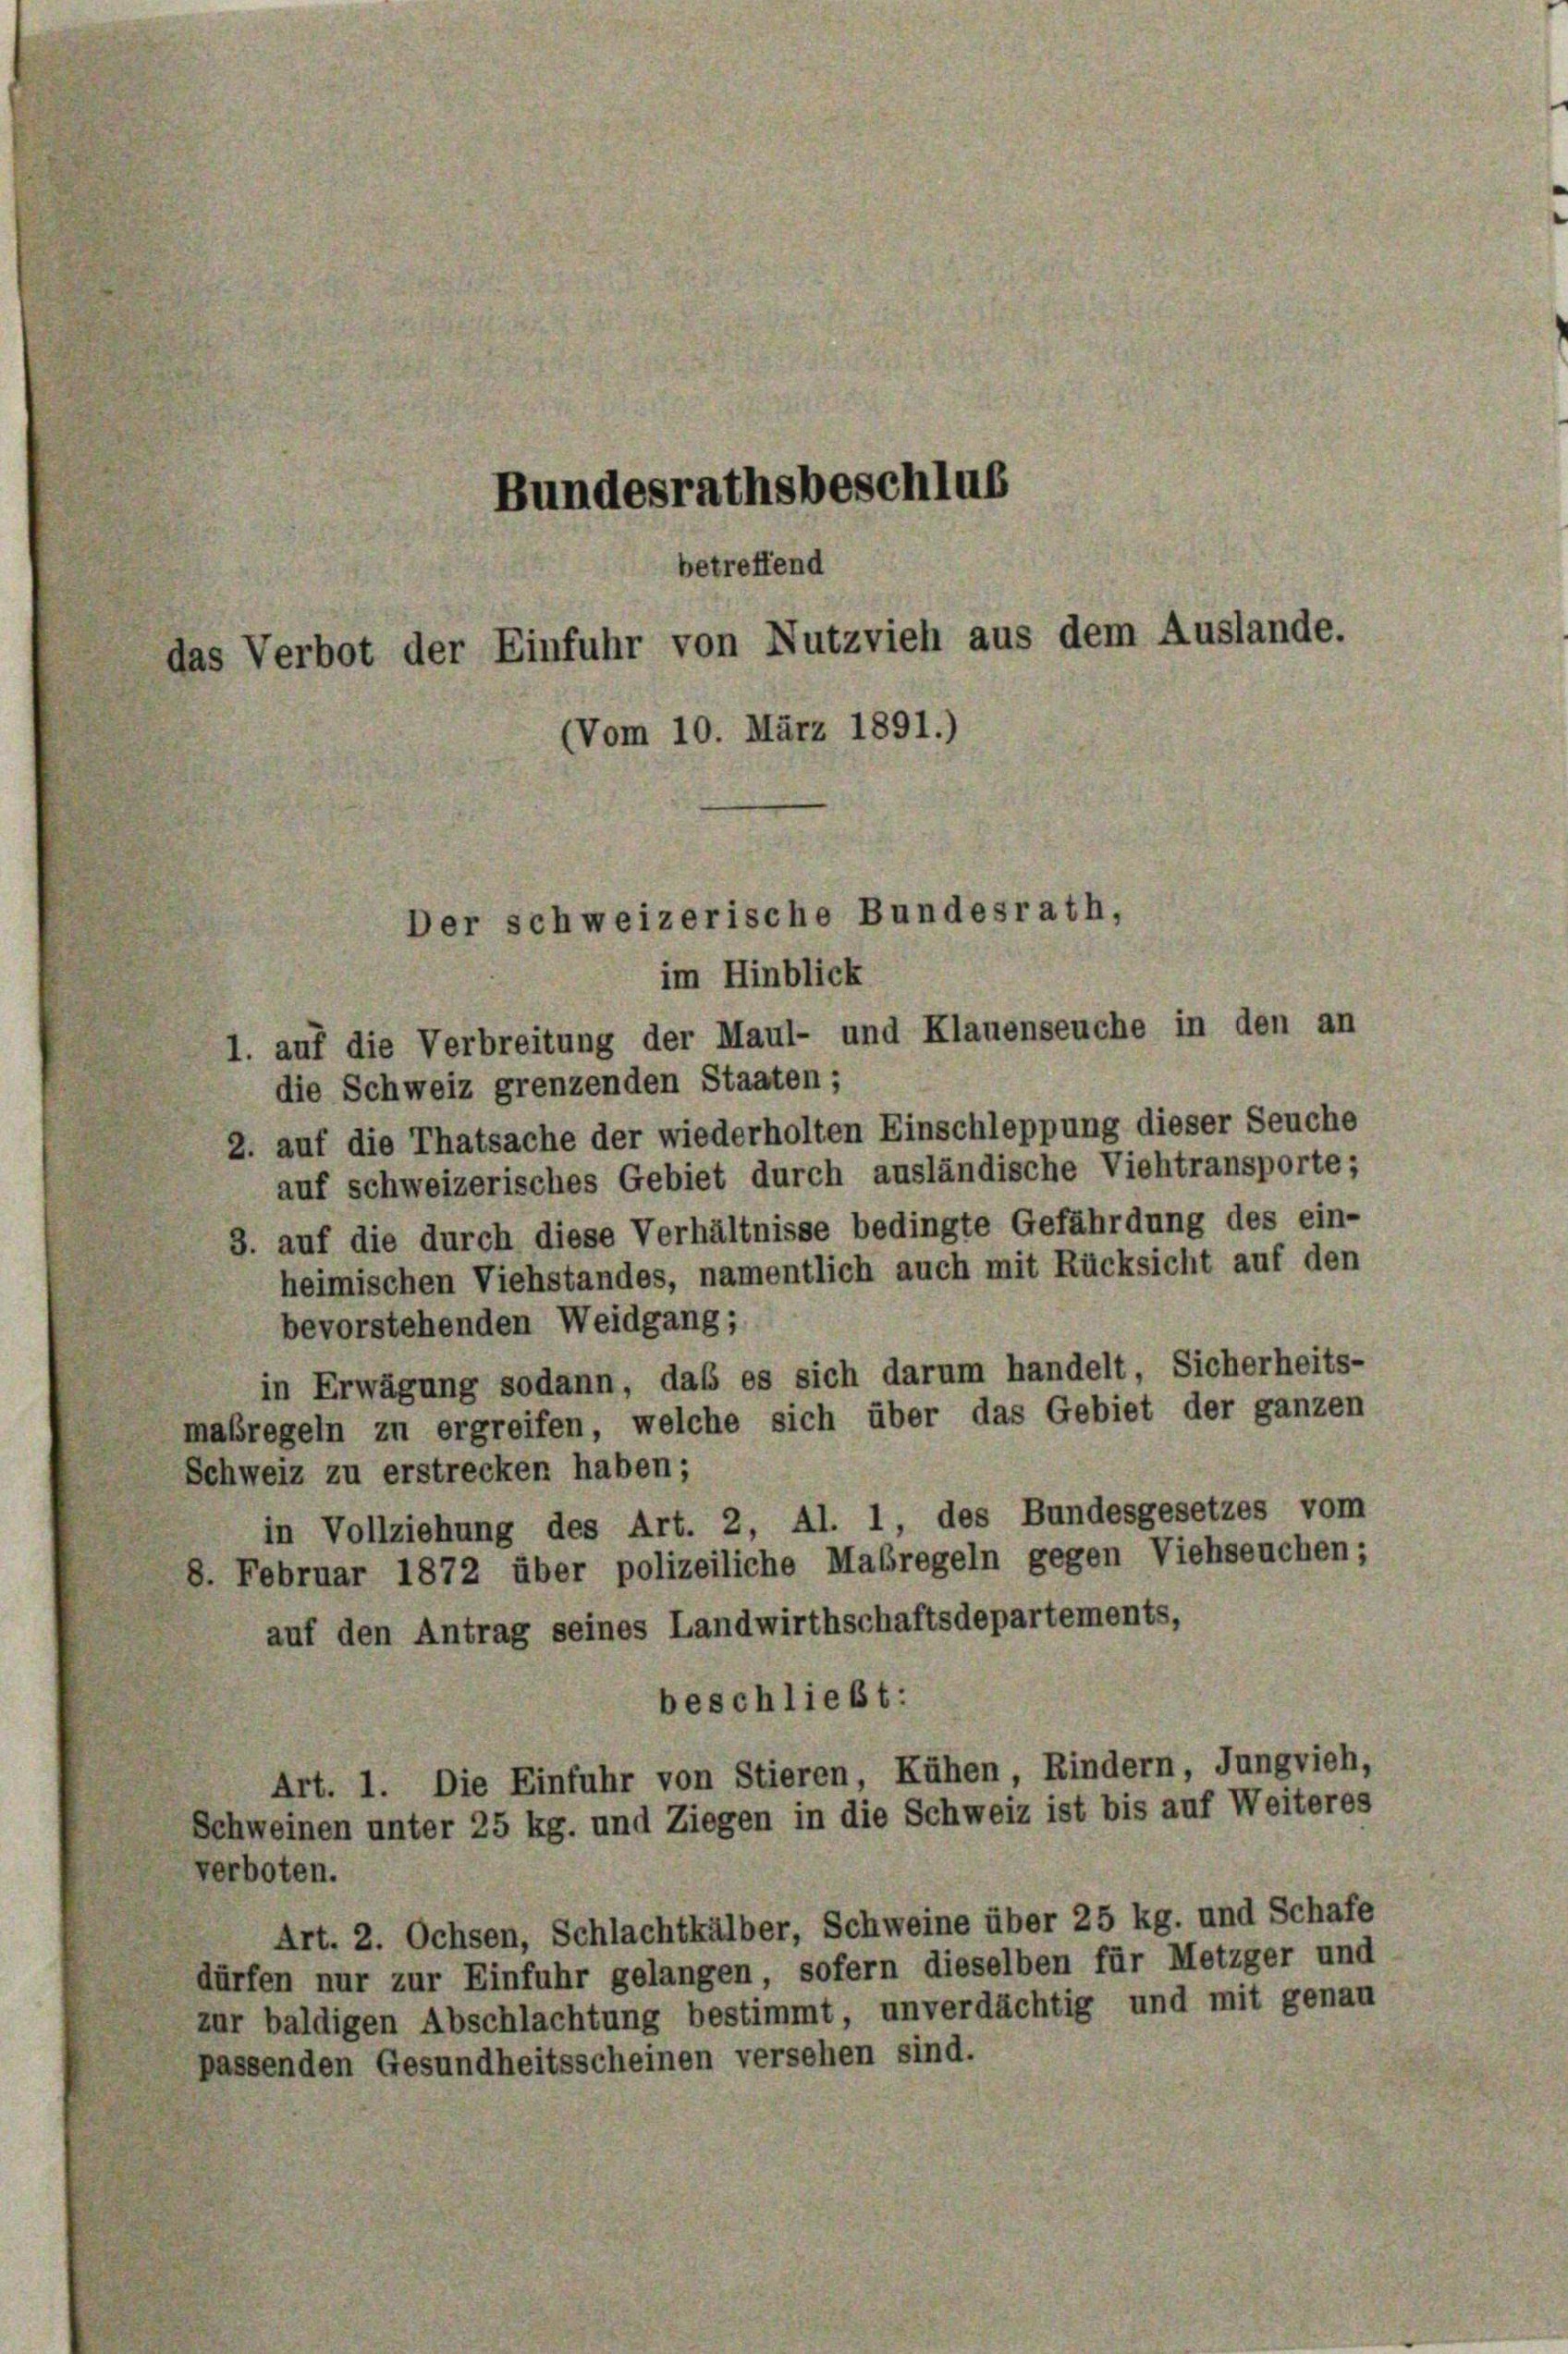
Bundesrathsbeschlus
betreffend
das Verbot der Einfuhr von Nutzvieh aus dem Auslande.
(Vom 10. März 1891.)

Der schweizerische Bundesrath,
im Hinblick

1. auf die Verbreitung der Maul- und Klauenseuche in den an
die Schweiz grenzenden Staaten;
2. auf die Thatsache der wiederholten Einschleppung dieser Seuche
auf schweizerisches Gebiet durch ausländische Viehtransporte;
3. auf die durch diese Verhältnisse bedingte Gefährdung des ein-
heimischen Viehstandes, namentlich auch mit Rücksicht auf den
bevorstehenden Weidgang;
in Erwägung sodann, daß es sich darum handelt, Sicherheits-
maßregeln zu ergreifen, welche sich über das Gebiet der ganzen
Schweiz zu erstrecken haben;
in Vollziehung des Art. 2, Al. 1, des Bundesgesetzes vom
8. Februar 1872 über polizeiliche Maßregeln gegen Viehseuchen;
auf den Antrag seines Landwirthschaftsdepartements,
beschließt:
Art. 1. Die Einfuhr von Stieren, Kühen, Rindern, Jungvieh,
Schweinen unter 25 kg. und Ziegen in die Schweiz ist bis auf Weiteres
verboten.
Art. 2. Ochsen, Schlachtkälber, Schweine über 25 kg. und Schafe
dürfen nur zur Einfuhr gelangen, sofern dieselben für Metzger und
zur baldigen Abschlachtung bestimmt, unverdächtig und mit genau
passenden Gesundheitsscheinen versehen sind.

8